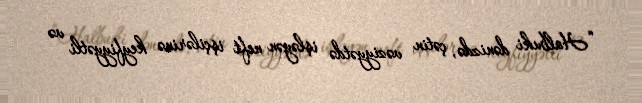
“Halbuki dənizdə, çətin vəziyyətdə işləyən neft işçilərinə keyfiyyətli və